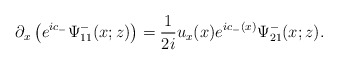
\begin{align*}\partial_x\left(e^{ic_-} \Psi^-_{11}(x ;z)\right)=\frac{1}{2i} u_x(x)e^{ic_-(x)} \Psi^-_{21}(x ;z).\end{align*}